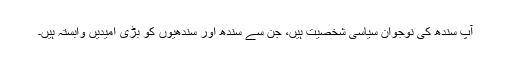
آپ سندھ کی نوجوان سیاسی شخصیت ہیں، جن سے سندھ اور سندھیوں کو بڑی امیدیں وابستہ ہیں۔